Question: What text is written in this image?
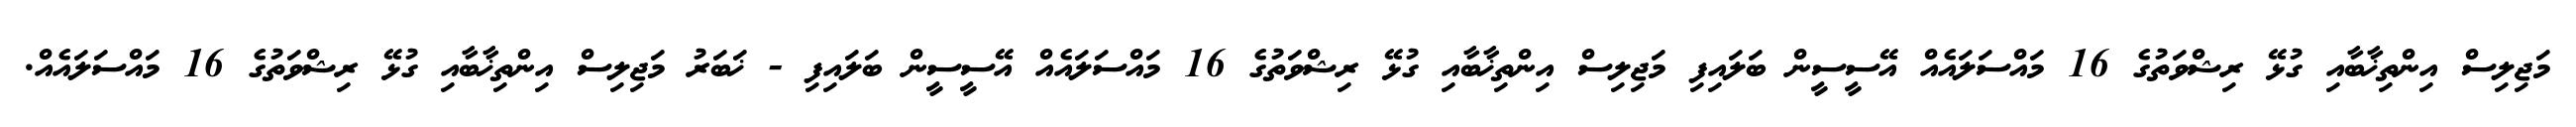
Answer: މަޖިލިސް އިންތިޚާބާއި ގުޅޭ ރިޝްވަތުގެ 16 މައްސަލައެއް އޭސީސީން ބަލައިފި މަޖިލިސް އިންތިޚާބާއި ގުޅޭ ރިޝްވަތުގެ 16 މައްސަލައެއް އޭސީސީން ބަލައިފި - ޚަބަރު މަޖިލިސް އިންތިޚާބާއި ގުޅޭ ރިޝްވަތުގެ 16 މައްސަލައެއް.